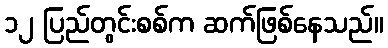
၁၂ ပြည်တွင်းစစ်က ဆက်ဖြစ်နေသည်။